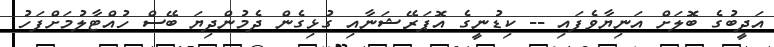
އަދީބުގެ ބޮލަށް އަނިޔާވެފައި -- ކިޑުނީގެ އޮޕަރޭޝަނާއި ގުޅިގެން ދެމުންދިޔަ ބޭސް ހުއްޓާލުމަށްފަހު